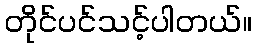
တိုင်ပင်သင့်ပါတယ်။